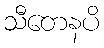
သီတေနပိ